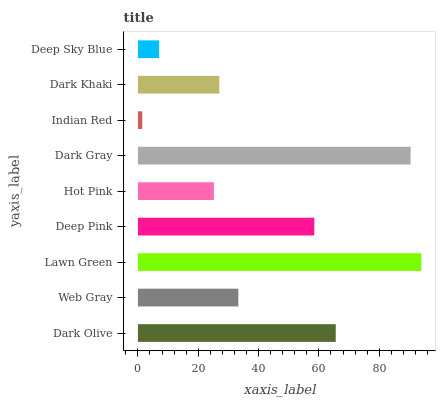
| yaxis_label | bars |
 | --- | --- |
 | Dark Olive | 65.6 |
 | Web Gray | 33.3 |
 | Lawn Green | 94 |
 | Deep Pink | 58.5 |
 | Hot Pink | 25.2 |
 | Dark Gray | 90.4 |
 | Indian Red | 1.44 |
 | Dark Khaki | 27 |
 | Deep Sky Blue | 7.04 |